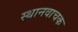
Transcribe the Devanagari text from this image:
स्थानवाचक